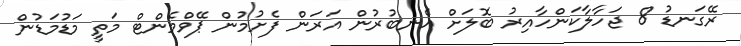
ރޭގަނޑު 8 ޖަހާލާކަންހާއިރު ބޮލަށް އެނބުރުން އަރަން ފެށުމުން ޕޭވްމެންޓް މަތީ މަޑުމަޑުން